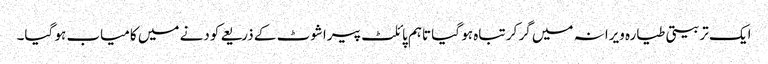
ایک تربیتی طیارہ ویرانہ میں گر کر تباہ ہو گیا تاہم پائلٹ پیراشوٹ کے ذریعے کودنے میں کامیاب ہو گیا۔